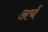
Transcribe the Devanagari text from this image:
अर्च